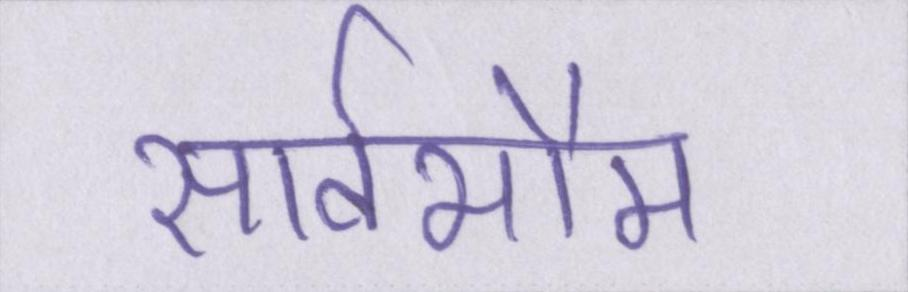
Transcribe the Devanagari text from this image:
सार्वभौम